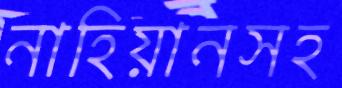
নাহিয়ানসহ